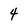
Character: 4